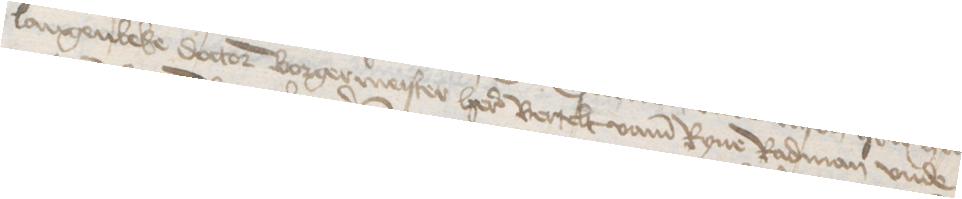
Langenbeke doctor borgermeister here Bertelt vame Ryne Radman vnde